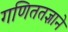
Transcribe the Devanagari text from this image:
गणिततज्ञाने